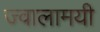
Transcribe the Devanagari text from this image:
ज्‍वालामयी